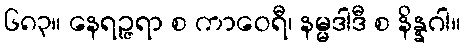
၆၈၃။ နေရဉ္ဇရာ စ ကာဝေရီ၊ နမ္မဒါဒီ စ နိန္နဂါ။